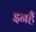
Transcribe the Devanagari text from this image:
इनहैं